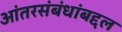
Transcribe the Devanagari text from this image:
आंतरसंबंधांबद्दल